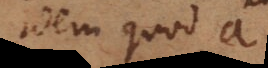
idem quod a,